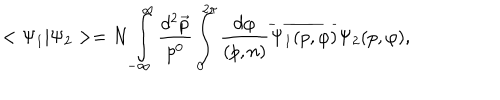
< \Psi _ { 1 } | \Psi _ { 2 } > = N \int _ { - \infty } ^ { \infty } \frac { d ^ { 2 } \vec { p } } { p ^ { 0 } } \int _ { 0 } ^ { 2 \pi } \frac { d \varphi } { ( p , n ) } \overline { { { \Psi _ { 1 } ( p , \varphi ) } } } \Psi _ { 2 } ( p , \varphi ) ,